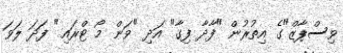
ވިސްޕާޒް"ގެ އިތުރުން "ފާދާ ފިގާ" އަދި "ވަން މޯ ޓްރައި" ފަދަ ލަވަ